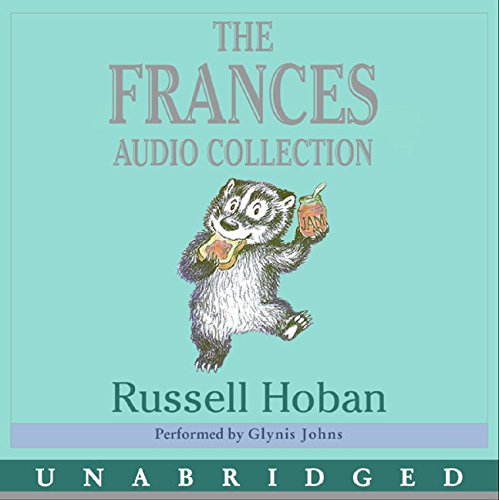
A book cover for Frances Audio Collection CD (I Can Read Level 2); Russell Hoban; Children's Books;